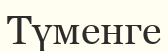
Түменге